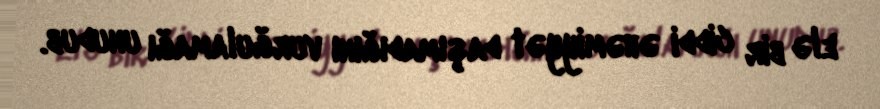
elə bir ciddi əhəmiyyət daşımadığını vurğulamağı unudub.